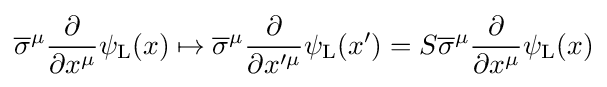
{\overline {\sigma }}^{\mu }{\frac {\partial }{\partial x^{\mu }}}\psi _{\rm {L}}(x)\mapsto {\overline {\sigma }}^{\mu }{\frac {\partial }{\partial x^{\prime \mu }}}\psi _{\rm {L}}(x^{\prime })=S{\overline {\sigma }}^{\mu }{\frac {\partial }{\partial x^{\mu }}}\psi _{\rm {L}}(x)